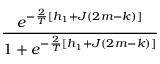
\frac { e ^ { - \frac { 2 } { T } [ h _ { 1 } + J ( 2 m - k ) ] } } { 1 + e ^ { - \frac { 2 } { T } [ h _ { 1 } + J ( 2 m - k ) ] } }